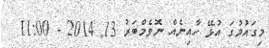
މިގައުމުގަ އުޅޭ ހާއިނެއް ނޮވެމްބަރު 13